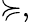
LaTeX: \succcurlyeq,